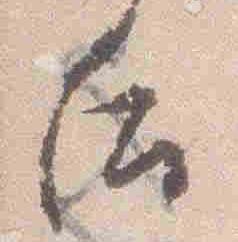
后